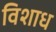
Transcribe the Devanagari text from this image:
विशाध